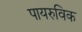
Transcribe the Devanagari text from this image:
पायरुविक